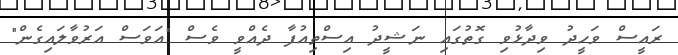
ރައީސް ވަހީދު ވިދާޅުވި ގޮތުގައި ނަޝީދު އިސްތިއުފާ ދެއްވީ ވެސް "އަވަސް އަރުވާލައިގެން"